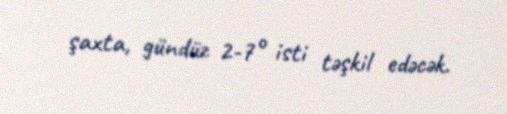
şaxta, gündüz 2-7° isti təşkil edəcək.